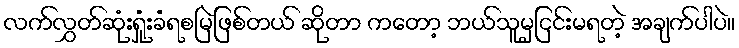
လက်လွှတ်ဆုံးရှုံးခံရစမြဲဖြစ်တယ် ဆိုတာ ကတော့ ဘယ်သူမှငြင်းမရတဲ့ အချက်ပါပဲ။